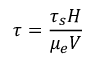
\displaystyle \tau = \frac { \tau _ { s } H } { \mu _ { e } V }